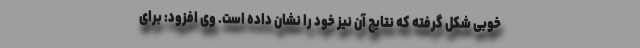
خوبی شکل گرفته که نتایج آن نیز خود را نشان داده است. وی افزود: برای